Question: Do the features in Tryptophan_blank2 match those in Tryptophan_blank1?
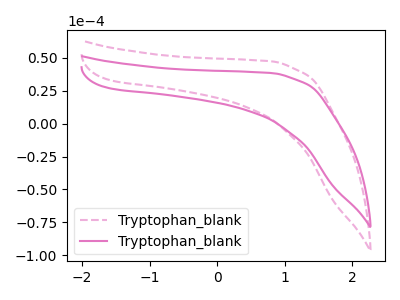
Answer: <think>The pink dashed curve "Tryptophan_blank1" has no peaks. The pink curve "Tryptophan_blank2" has no peaks.
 Neither "Tryptophan_blank2" or "Tryptophan_blank1" have any peaks.</think>
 <answer>"Tryptophan_blank2" and "Tryptophan_blank1" are similar in shape.</answer>
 <eval>same_shape</eval>